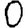
Digit: 0